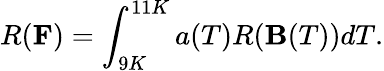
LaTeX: R({\mathbf F})=\int_{9K}^{11K}a(T)R({\mathbf B}(T))dT.